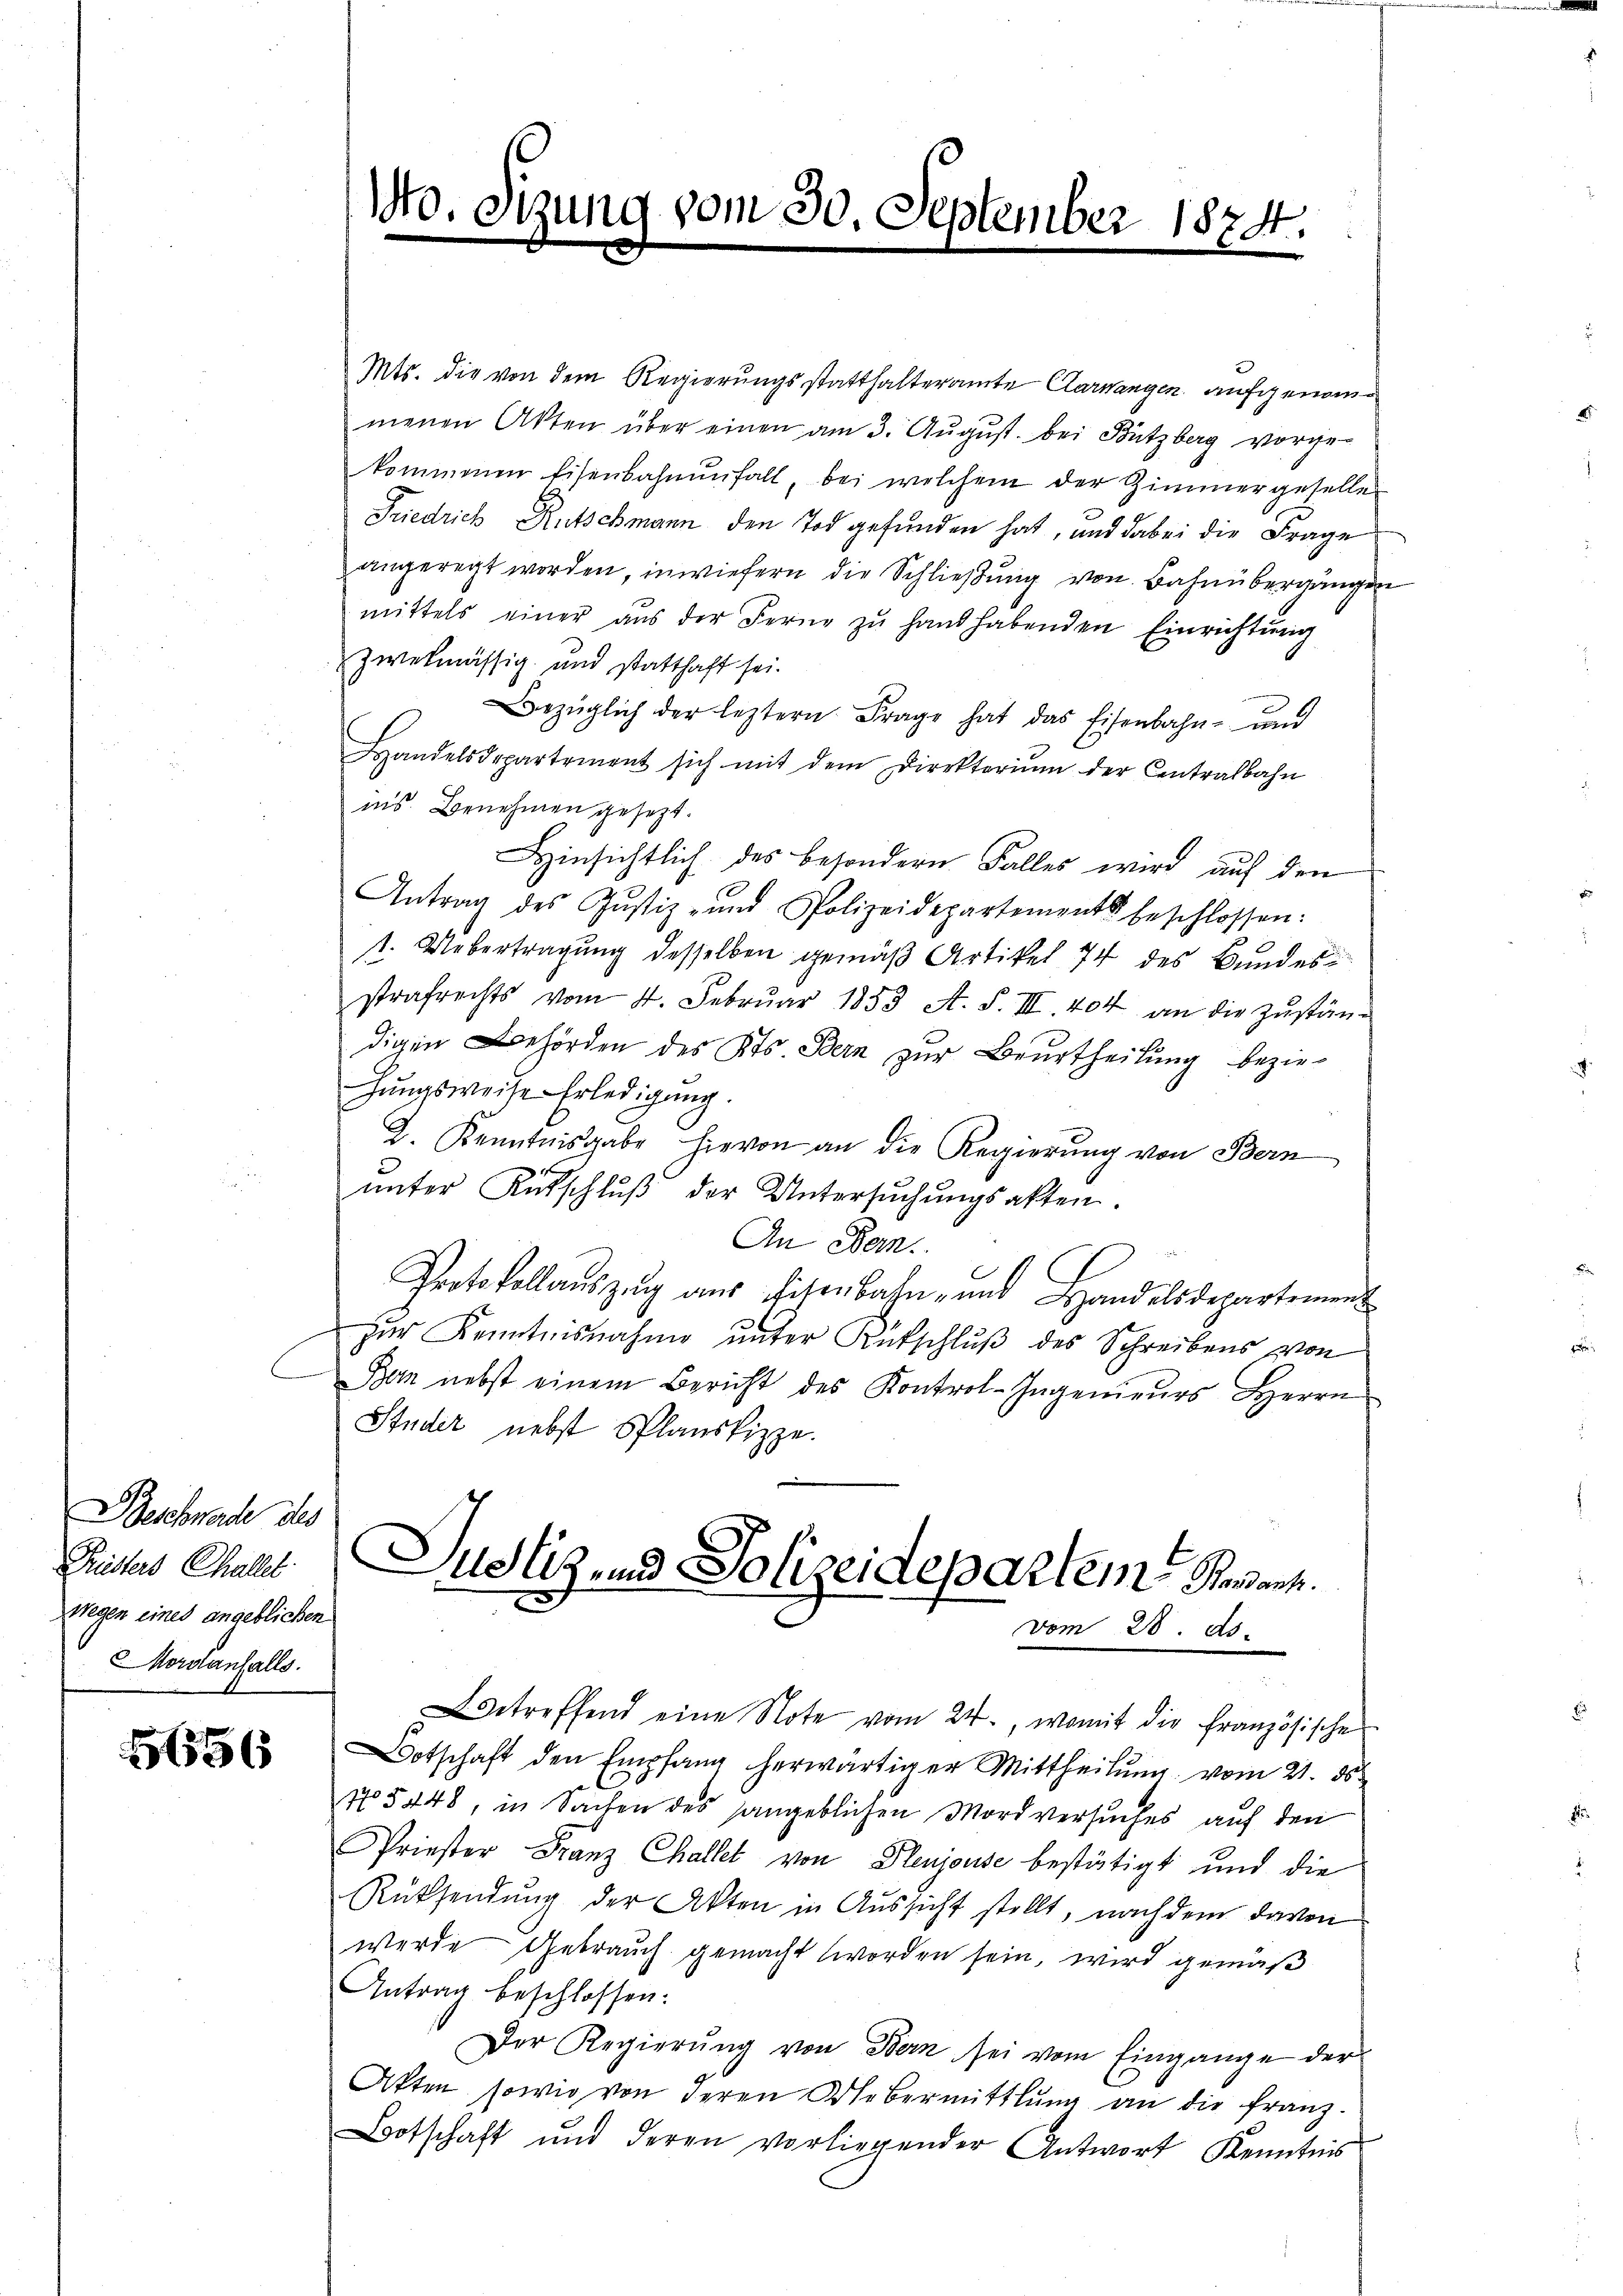
Beschwerde des
Fristers Challer.
wegen eines angeblichen
ordanfalls.

5656

Mts. die von dem Regierungsstatthalteramte Carrangen aufgenommenen Akten über einen am 3. Aŭgŭst bei Bützberg vorge-
kommenen Eisenbahnenfall, bei welchem der Zimmergeselle
Friedrich Rutschmann den Tod gefunden hat, und dabei die Frage
angeregt worden, inwiefern die Schließung von Bahnübergängen
mittels einer aŭs der Ferne zŭ hand habenden Einrichtŭng
zwekmässig und statthaft sei.
Bezüglich der leztern Frage hat das Eisenbahn- und
Handelsdepartement sich mit dem Direktoriŭm der Centralbahn
ins. Benehmen gesezt.
Hinsichtlich des besondern Falles wird auf den
Antrag des Justiz- und Polizeidepartements beschlossen:
1. Uebertragung desselben gemäß Artikel 74 des Bundesstrafrechts vom 4. Febrŭar 1853 A. S. III. 404 an die Zŭstän-
digen Behörden des Kts. Bern zŭr Beurtheilŭng bezie-
hungsweise Erledigung.
2. Kenntnisgabe hievon an die Regierung von Bern
ŭnter Ritschlŭβ der Untersŭchŭngsakten.
An Bern.
Protokollaŭszŭg aŭs Eisenbahn- und Handelsdepartement
zŭr Kenntnisnahme ŭnter Rütschlŭβ des Schreibens von
Bon nebst einem Bericht des Kontrol-Ingenieŭrs Herrn
Studer nebst Splanskizze.
Justiz und Polizeidepartem Pendant.
vom 28. ds.

1.

s

ung vom 30. September 1874.

etreffend eine Note vom 24., womit die französische
otschaft den Empfang herwärtiger Mittheilung vom 21. ds.
15448, in Sachen des angeblichen Mordversuches auf den
Priester Franz Challet von Pleujouse bestätigt und die
Rüksendung der Akten in Aussicht stellt, nach dem davon
werde Gebrauch gemacht worden sein, wird gemäß
Antrag beschlossen:
Der Regierung von Bern sei vom Eingange der
Akten, sowie von deren Uebermittlung an die franz-
Botschaft und deren vorliegender Antwort Kenntnis